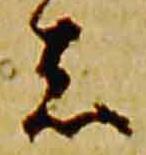
者